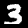
Label: 3